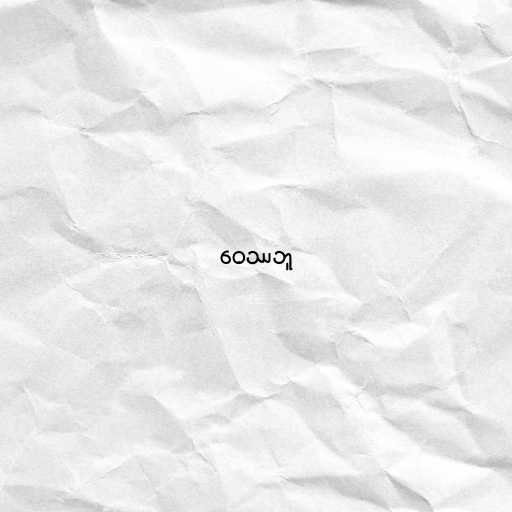
ဝေဿဘူ